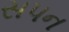
સપન